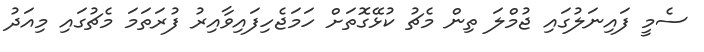
ސެމީ ފައިނަލުގައި ޖުމްލަ ތިން މެޗު ކުޅޭގޮތަށް ހަމަޖެހިފައިވާއިރު ފުރަތަމަ މެޗުގައި މިއަދު